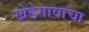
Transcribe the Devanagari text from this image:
खेडेगावाचा